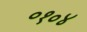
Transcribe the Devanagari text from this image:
०१०४